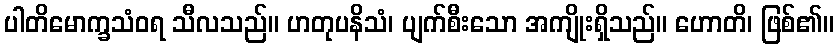
ပါတိမောက္ခသံဝရ သီလသည်။ ဟတုပနိသံ၊ ပျက်စီးသော အကျိုးရှိသည်။ ဟောတိ၊ ဖြစ်၏။